Report on sanitation, dispensaries, and jails in Rajputana for 1914, and on vaccination for the year 1914-1915 - 1914-1915
Year: 1914
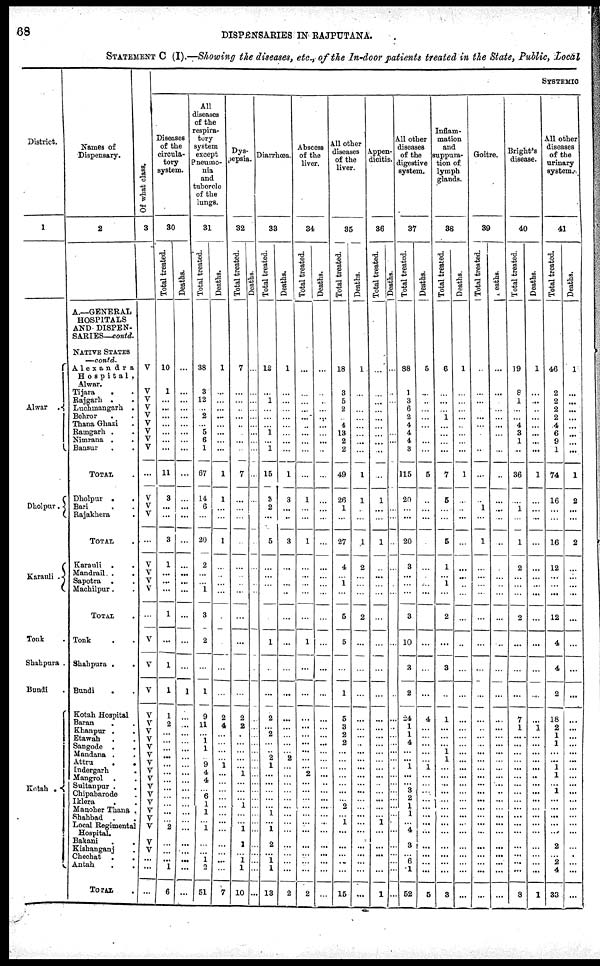
68
DISPENSARIES IN RAJPUTANA.
STATEMENT C (I).—Showing the diseases, etc., of the In-door patients treated in the State, Public, Local
District.
1
Alwar .
Dholpur.
Karauli .
Tonk .
Shahpura .
Bundi .
Kotah .
Names of
Dispensary.
2
A.—GENERAL
HOSPITALS
AND DISPEN-
SARIES—contd.
NATIVE STATES
—contd.
Alexandra
Hospital ,
Alwar.
Tijara
. .
Rajgarh . .
Luchmangarh .
Behror . .
Thana Ghazi .
Ramgarh . .
Nimrana .
.
Bansur . .
TOTAL .
Dholpur . .
Bari . .
Rajakhera .
TOTAL .
Karauli . .
Mandrail . .
Sapotra . .
Machilpur. .
TOTAL .
Tonk . .
Shahpura .
.
Bundi
. .
Kotah Hospital
Baran . .
Khanpur . .
Etawah . .
Sangode .
.
Mandana . .
Attru
.
.
Indergarh
.
Mangrol . .
Sultanpur . .
Chipabarode .
Iklera . .
Manoher Thana .
Shahbad . .
Local Regimental
Hospital.
Bakani . .
Kishanganj .
Chechat . .
Antah . .
TOTAL .
Of what class.
3
V
V
V
V
V
V
V
V
V
...
V
V
V
...
V
V
V
V
...
V
V
V
V
V
V
V
V
V
V
V
V
V
V
V
V
V
V
V
V
...
...
...
systemic
Diseases
of the
circula-
tory
system.
30
Total treated.
10
1
...
...
...
...
...
...
...
11
8
...
...
3
1
...
...
...
1
...
1
1
1
2
...
...
...
...
...
...
...
...
...
...
...
...
2
...
...
...
1
6
Deaths.
...
...
...
...
...
...
...
...
...
...
...
...
...
...
...
...
...
...
...
...
...
1
...
...
...
...
...
...
...
...
...
...
...
...
...
...
...
...
...
...
...
...
All
diseases
of the
respira-
tory
system
except
Pneumo¬
nia
and
tubercle
of the
lungs.
31
Total treated.
38
3
12
...
2
... 5
6
1
67
14
6
...
20
2
...
... 1
3
2
...
1
9
11
...
1
1
...
9
4
4
...
6
1
1
...
1
...
...
1
2
51
Deaths.
1
...
...
...
...
...
...
...
...
1
1
...
...
1
...
...
...
...
...
...
...
...
2
4
...
...
...
...
1
...
...
...
...
...
...
...
...
...
...
...
...
7
Dys¬
pepsia.
32
Total treated.
7
...
...
...
...
...
...
...
...
7
...
...
...
...
...
...
...
...
...
...
...
...
2
2
...
...
...
...
... 1
...
...
...
1
...
...
1
1
...
1
1
10
Deaths.
...
...
...
...
...
...
...
...
...
...
...
...
...
...
...
...
...
...
...
...
...
...
...
...
...
...
...
...
...
...
...
...
...
...
...
...
...
...
...
...
...
...
Diarrhœa.
33
Total treated.
12
...
1
...
...
... 1
... 1
15
3
2
...
5
...
...
...
...
...
1
...
...
2
...
2
...
...
2
1
...
...
...
...
...
1
...
1
2
...
1
1
13
Deaths.
1
...
...
...
...
...
...
...
...
1
3
...
...
3
...
...
...
...
...
...
...
...
...
...
...
...
...
2
...
...
...
...
...
...
...
...
...
...
...
...
...
2
Abscess
of the
liver.
34
Total treated.
...
...
...
...
...
...
...
...
...
...
1
...
...
1
...
...
...
...
...
1
...
...
...
...
...
...
...
...
... 2
...
...
...
...
...
...
...
...
...
...
...
2
Deaths.
...
...
...
...
...
...
...
...
...
...
...
...
...
...
...
...
...
...
...
...
...
...
...
...
...
...
...
...
...
...
...
...
...
...
...
...
...
...
...
...
...
...
All other
diseases
of the
liver.
35
Total treated.
18
3
5
2
...
4
13
2
2
49
26
1
...
27
4
...
1
...
5
5
...
1
5
3
2
2
...
...
...
...
...
...
... 2
...
1
...
...
...
...
...
15
Deaths.
1
...
...
...
...
...
...
...
...
1
1
...
...
1
2
...
...
...
2
...
...
...
...
...
...
...
...
...
...
...
...
...
...
...
...
...
...
...
...
...
...
...
Appen¬
dicitis.
36
Total treated.
...
...
...
...
...
...
...
...
...
...
1
...
...
1
...
...
...
...
...
...
...
...
...
...
...
...
...
...
...
...
...
...
...
...
...
1
...
...
...
...
...
1
Deaths.
...
...
...
...
...
...
...
...
...
...
...
...
...
...
...
...
...
...
...
...
...
...
...
...
...
...
...
...
...
...
...
...
...
...
...
...
...
...
...
...
...
...
All other
diseases
of the
digestive
system.
37
Total treated.
88
1
3
6
2
4
4
4
3
115
20
...
...
20
3
...
...
...
3
10
3
2
24
1
1
4
...
...
1
...
...
3
2
1
1
...
4
3
...
6
1
52
Deaths.
5
...
...
...
...
...
...
...
...
5
...
...
...
...
...
...
...
...
...
...
...
...
4
...
...
...
...
...
1
...
...
...
...
...
...
...
...
...
...
...
...
5
Inflam-
mation
and
suppura-
tion of
lymph
glands.
38
Total treated.
8
...
...
...
1
...
...
...
...
7
5
...
...
5
1
...
1
...
2
...
3
...
1
...
...
...
1
1
...
...
...
...
...
...
...
...
...
...
...
...
...
3
Deaths.
1
...
...
...
...
...
...
...
...
1
...
...
...
...
...
...
...
...
...
...
...
...
...
...
...
...
...
...
...
...
...
...
...
...
...
...
...
...
...
...
...
...
Goitre.
39
Total treated.
...
...
...
...
...
...
...
...
...
...
...
1
...
1
...
...
...
...
...
...
...
...
...
...
...
...
...
...
...
...
...
...
...
...
...
...
...
...
...
...
...
...
Deaths.
...
...
...
...
...
...
...
...
...
...
...
...
...
...
...
...
...
...
...
...
...
...
...
...
...
...
...
...
...
...
...
...
...
...
...
...
...
...
...
...
...
...
Bright's
disease.
40
Total treated.
19
8
1
...
...
4
3
1
...
36
...
1
...
1
2
...
...
...
2
...
...
...
7
1
...
...
...
...
...
...
...
...
...
...
...
...
...
...
...
...
...
8
Deaths.
1
...
...
...
...
...
...
...
...
1
...
...
...
...
...
...
...
...
...
...
...
...
...
1
...
...
...
...
...
...
...
...
...
...
...
...
...
...
...
...
...
1
All other
diseases
of the
urinary
system.
41
Total treated.
46
2
2
2
2
4
6
9
1
74
16
...
...
16
12
...
...
...
12
4
4
2
18
2
1
1
...
...
1
1
...
1
...
...
...
...
...
2
...
2
4
33
Deaths.
1
...
...
...
...
...
...
...
...
1
2
...
...
2
...
...
...
...
...
...
...
...
...
...
...
...
...
...
...
...
...
...
...
...
...
...
...
...
...
...
...
...